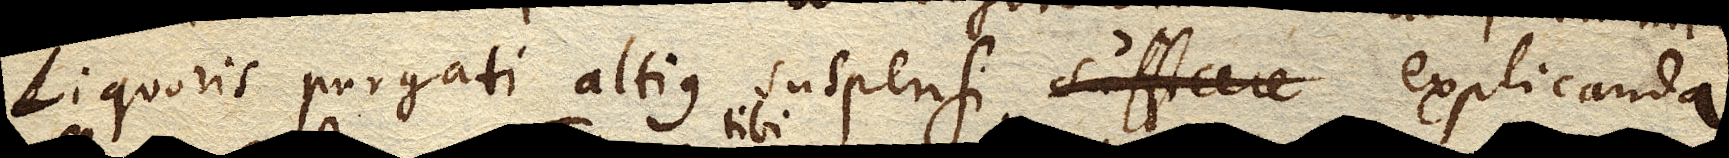
Liquoris purgati altius suspensi explicanda